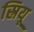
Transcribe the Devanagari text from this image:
स्रियू